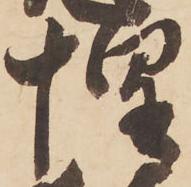
惶